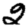
Digit: 2